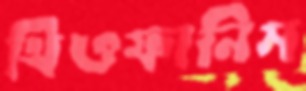
থিওফানিস